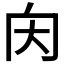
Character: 𡗠